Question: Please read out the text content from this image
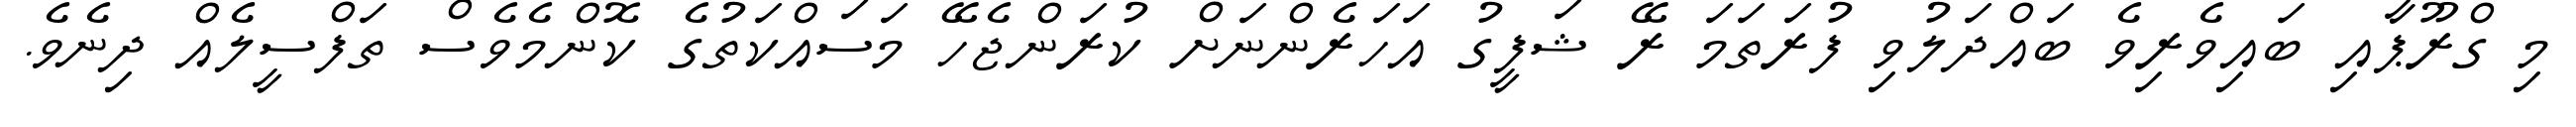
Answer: މި ގްރޫޕާއި ބައިވެރިވެ ބައްދަލުވި ފުރަތަމަ ރޭ ޝަފީގު އަހަރެންނަށް ކުރަންޖެހޭ މަސައްކަތުގެ ކޮންމެވެސް ތަފްސީލެއް ދިނެވެ.